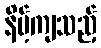
နိမ့်ကျသည့်